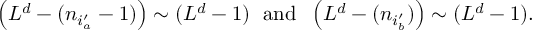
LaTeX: \left( L ^ { d } - ( n _ { i _ { a } ^ { \prime } } - 1 ) \right) \sim ( L ^ { d } - 1 ) \; \mathrm { ~ a n d ~ } \; \left( L ^ { d } - ( n _ { i _ { b } ^ { \prime } } ) \right) \sim ( L ^ { d } - 1 ) .